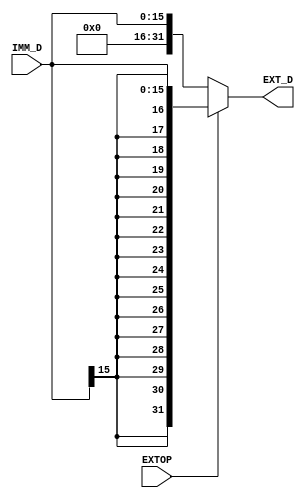
`timescale 1ns / 1ps
//////////////////////////////////////////////////////////////////////////////////
// Company: 
// Engineer: 
// 
// Design Name: 
// Module Name:    D_EXT 
// Project Name: 
// Target Devices: 
// Tool versions: 
// Description: 
//
// Dependencies: 
//
// Revision: 
// Revision 0.01 - File Created
// Additional Comments: 
//
//////////////////////////////////////////////////////////////////////////////////
module D_EXT(
    input [15:0] IMM_D,
    input EXTOP,
    output [31:0] EXT_D
    );

assign EXT_D =    (EXTOP == 1'b0) ? {{16{1'b0}}, IMM_D} :
					   (EXTOP == 1'b1) ? {{16{IMM_D[15]}}, IMM_D}:
						32'b0 ;

endmodule